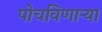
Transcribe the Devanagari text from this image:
पोचविणार्‍या